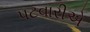
પટવારીએ